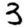
Digit: 3